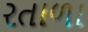
રતાળા